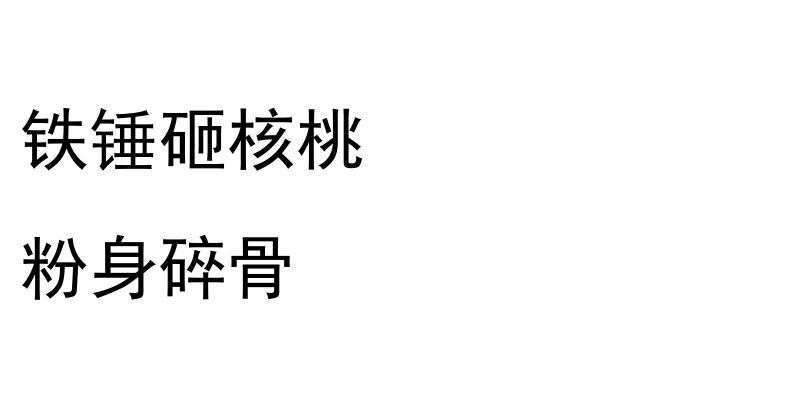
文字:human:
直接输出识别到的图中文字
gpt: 铁锤砸核桃 粉身碎骨